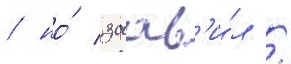
/ но́ заав'и́л /